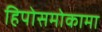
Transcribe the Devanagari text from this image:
हिपोसमोकामा